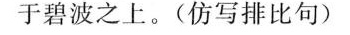
于碧波之上。(仿写排比句)